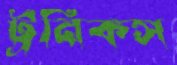
ট্রনিকস